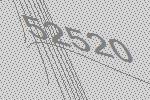
52520